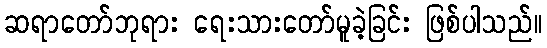
ဆရာတော်ဘုရား ရေးသားတော်မူခဲ့ခြင်း ဖြစ်ပါသည်။